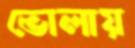
ভোলায়